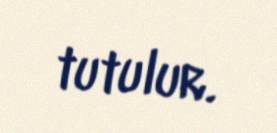
tutulur.